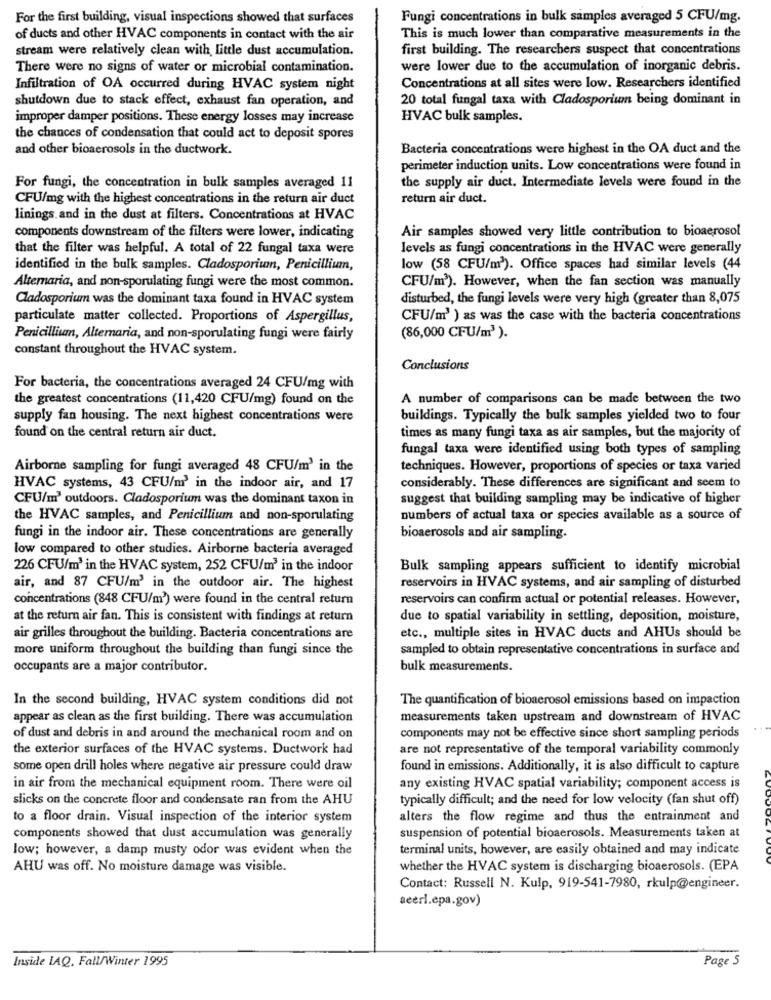
For the first building, visual inspections showed that surfaces
Fungi concentrations in bulk samples averaged 5 CFU/mg.
of ducts and other HVAC components in contact with the air
This is much lower than comparative measurements in the
stream were relatively clean with, little dust accumulation.
first building. The researchers suspect that concentrations
There were no signs of water or microbial contamination.
were lower due to the accumulation of inorganic debris.
Infiltration of OA occurred during HVAC system night
Concentrations at all sites were low. Researchers identified
shutdown due to stack effect, exhaust fan operation, and
20 total fungal taxa with Cladosporium being dominant in
improper damper positions. These energy losses may increase
HVAC bulk samples.
the chances of condensation that could act to deposit spores
and other bioaerosols in the ductwork.
Bacteria concentrations were highest in the OA duct and the
perimeter induction units. Low concentrations were found in
the supply air duct. Intermediate levels were found in the
For fungi, the concentration in bulk samples averaged 11
CFU/mg with the highest concentrations in the return air duct
return air duct.
linings. and in the dust at filters. Concentrations at HVAC
Air samples showed very little contribution to bioaerosol
components downstream of the filters were lower, indicating
that the filter was helpful. A total of 22 fungal taxa were
levels as fungi concentrations in the HVAC were generally
identified in the bulk samples. Cladosporium, Penicillium,
low (58 CFU/m3). Office spaces had similar levels (44
Altemaria, and non-sporulating fungi were the most common.
CFU/m3). However, when the fan section was manually
Cladosporium was the dominant taxa found in HVAC system
disturbed, the fungi levels were very high (greater than 8,075
particulate matter collected. Proportions of Aspergillus,
CFU/m3 ) as was the case with the bacteria concentrations
Penicillium, Alternaria, and non-sporulating fungi were fairly
(86,000 CFU/m3 ).
constant throughout the HVAC system.
Conclusions
For bacteria, the concentrations averaged 24 CFU/mg with
the greatest concentrations (11,420 CFU/mg) found on the
A number of comparisons can be made between the two
supply fan housing. The next highest concentrations were
buildings. Typically the bulk samples yielded two to four
found on the central return air duct.
times as many fungi taxa as air samples, but the majority of
fungal taxa were identified using both types of sampling
Airborne sampling for fungi averaged 48 CFU/m' in the
techniques. However, proportions of species or taxa varied
HVAC systems, 43 CFU/m3 in the indoor air, and 17
considerably. These differences are significant and seem to
CFU/m' outdoors. Cladosporium was the dominant taxon in
suggest that building sampling may be indicative of higher
the HVAC samples, and Penicillium and non-sporulating
numbers of actual taxa or species available as a source of
fungi in the indoor air. These concentrations are generally
bioaerosols and air sampling.
low compared to other studies. Airborne bacteria averaged
226 CFU/m3 in the HVAC system, 252 CFU/m' in the indoor
Bulk sampling appears sufficient to identify microbial
air, and 87 CFU/m3 in the outdoor air. The highest
reservoirs in HVAC systems, and air sampling of disturbed
concentrations (848 CFU/m') were found in the central return
reservoirs can confirm actual or potential releases. However,
at the return air fan. This is consistent with findings at return
due to spatial variability in settling, deposition, moisture,
air grilles throughout the building. Bacteria concentrations are
etc ., multiple sites in HVAC ducts and AHUs should be
more uniform throughout the building than fungi since the
sampled to obtain representative concentrations in surface and
occupants are a major contributor.
bulk measurements.
In the second building, HVAC system conditions did not
The quantification of bioaerosol emissions based on impaction
appear as clean as the first building. There was accumulation
measurements taken upstream and downstream of HVAC
of dust and debris in and around the mechanical room and on
components may not be effective since short sampling periods
the exterior surfaces of the HVAC systems. Ductwork had
are not representative of the temporal variability commonly
some open drill holes where negative air pressure could draw
found in emissions. Additionally, it is also difficult to capture
in air from the mechanical equipment room. There were oil
any existing HVAC spatial variability; component access is
slicks on the concrete floor and condensate ran from the AHU
typically difficult; and the need for low velocity (fan shut off)
to a floor drain. Visual inspection of the interior system
alters the flow regime and thus the entrainment and
components showed that dust accumulation was generally
suspension of potential bioaerosols. Measurements taken at
low; however, a damp musty odor was evident when the
terminal units, however, are easily obtained and may indicate
AHU was off. No moisture damage was visible.
whether the HVAC system is discharging bioaerosols. (EPA
Contact: Russell N. Kulp, 919-541-7980, rkulp@engineer.
aeerl.epa.gov)
Inside LAQ, Fall/Winter 1995
Page 5